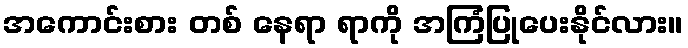
အကောင်းစား တစ် နေရာ ရာကို အကြံပြုပေးနိုင်လား။